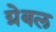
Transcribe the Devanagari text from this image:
ग्रेबल